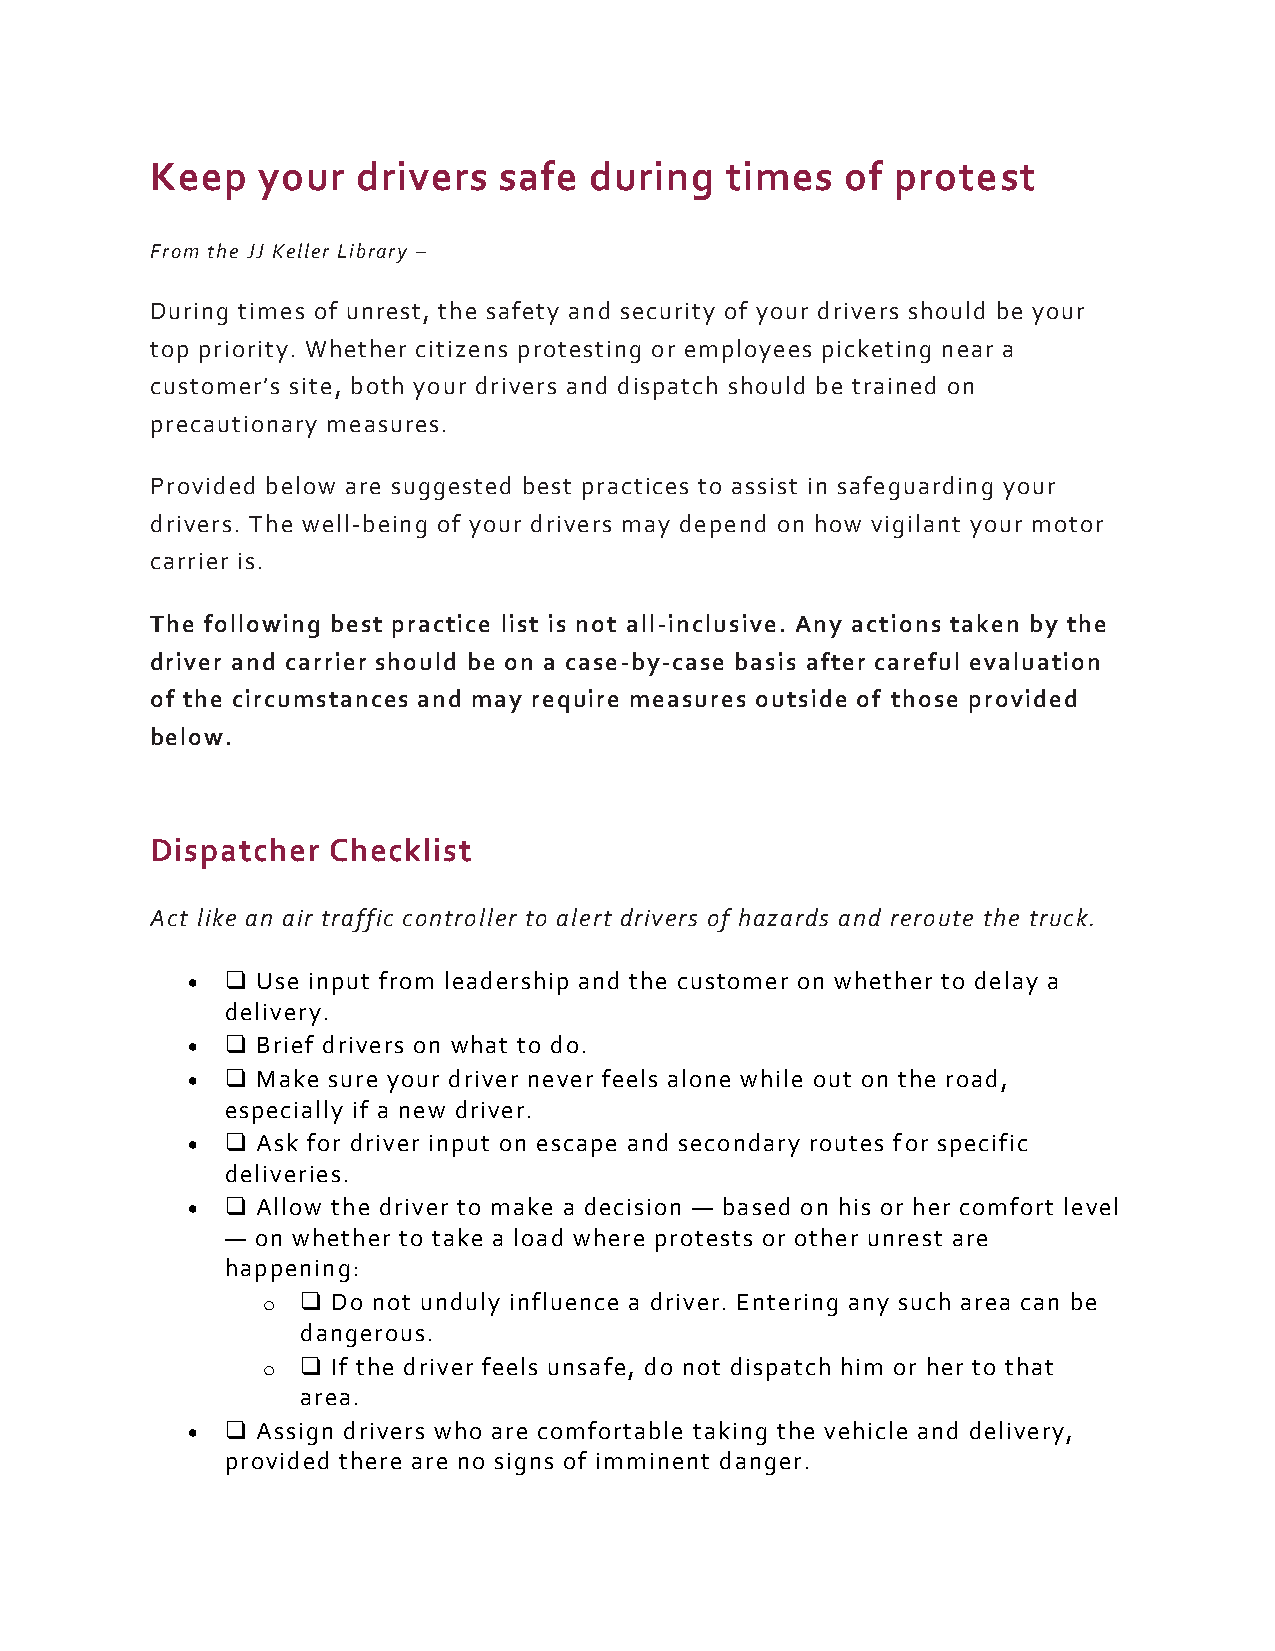
Keep   your   drivers  safe  during   times   of protest
 From the JJ Keller Library –
 During times of unrest, the safety and security of your drivers should be your
 top priority. Whether citizens protesting or employees picketing near a
 customer’s site, both your drivers and dispatch should be trained on
 precautionary measures.
 Provided below are suggested best practices to assist in safeguarding your
 drivers. The well-being of your drivers may depend on how vigilant your motor
 carrier is.
 The following best practice list is not all-inclusive. Any actions taken by the
 driver and carrier should be on a case-by-case basis after careful evaluation
 of the circumstances and may require measures outside of those provided
 below.
 Dispatcher  Checklist
 Act like an air traffic controller to alert drivers of hazards and reroute the truck.
 •  ❑ Use input from leadership and the customer on whether to delay a
 delivery.
 •  ❑ Brief drivers on what to do.
 •  ❑ Make sure your driver never feels alone while out on the road,
 especially if a new driver.
 •  ❑ Ask for driver input on escape and secondary routes for specific
 deliveries.
 •  ❑ Allow the driver to make a decision — based on his or her comfort level
 — on whether to take a load where protests or other unrest are
 happening:
 o  ❑ Do not unduly influence a driver. Entering any such area can be
 dangerous.
 o  ❑ If the driver feels unsafe, do not dispatch him or her to that
 area.
 •  ❑ Assign drivers who are comfortable taking the vehicle and delivery,
 provided there are no signs of imminent danger.